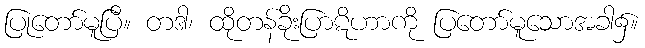
ပြုတော်မူပြီ။ တဒါ၊ ထိုတန်ခိုးပြာဋိဟာကို ပြတော်မူသောအခါ၌။